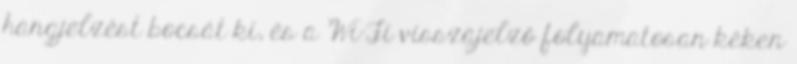
hangjelzést bocsát ki, és a Wi-Fi visszajelző folyamatosan kéken